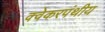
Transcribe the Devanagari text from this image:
क्वेकरपंथीय